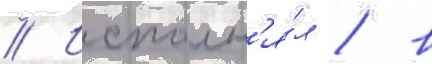
// Исполн'я́л / в